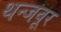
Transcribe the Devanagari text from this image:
थन्जवूर